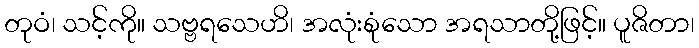
တုဝံ၊ သင့်ကို။ သဗ္ဗရသေဟိ၊ အလုံးစုံသော အရသာတို့ဖြင့်။ ပူဇိတာ၊